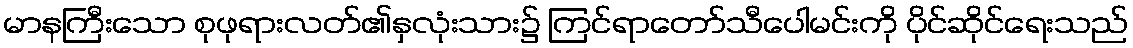
မာနကြီးသော စုဖုရားလတ်၏နှလုံးသား၌ ကြင်ရာတော်သီပေါမင်းကို ပိုင်ဆိုင်ရေးသည်